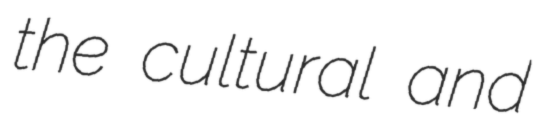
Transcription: the cultural and